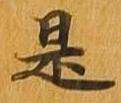
是